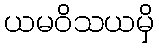
ယမဝိသယမှိ